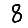
Digit: 8